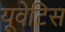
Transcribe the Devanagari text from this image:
यूवेटिस